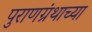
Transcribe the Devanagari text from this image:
पुराणग्रंथाच्या